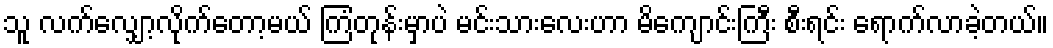
သူ လက်လျှော့လိုက်တော့မယ် ကြံတုန်းမှာပဲ မင်းသားလေးဟာ မိကျောင်းကြီး စီးရင်း ရောက်လာခဲ့တယ်။